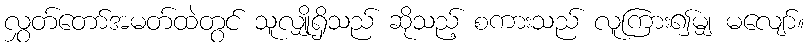
လွှတ်တော်အမတ်ထဲတွင် သူလျှိုရှိသည် ဆိုသည့် စကားသည် လူကြား၍မျှ မလျော်။